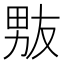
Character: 𰣊